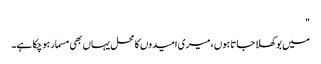
"
میں بوکھلا جاتا ہوں ، میری امیدوں کا محل یہاں بھی مسمار ہو چکا ہے۔